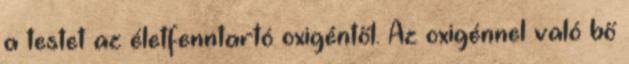
a testet az életfenntartó oxigéntől. Az oxigénnel való bő